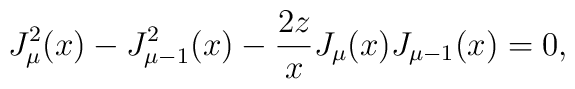
J_{\mu}^2 (x) - J_{\mu-1}^2 (x) - \frac{2 z}{x} J_{\mu}(x) J_{\mu-1}(x) =0,